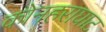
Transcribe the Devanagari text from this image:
कोनहराघाट